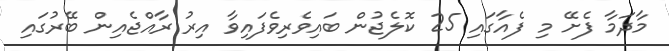
މާދަމާ ފެށޭ މި ފެއާގައި 25 ކޮލެޖުން ބައިވެރިވެފައިވާ އިރު ރާއްޖެއިން ބޭރުގައި